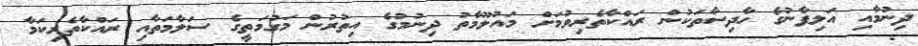
ދިނުމާއި އަލިފާނުގެ ހާދިސާތަކުން ރައްކާތެރިވުމަށް މައުލޫމާތު ދިނުމުގެ އިތުރުން މަގުމަތީގެ ސަލާމަތާއި ރައްކާތެރިކަމާ